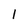
Character: l